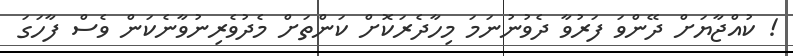
! ކުއްޖާޔަށް ދޭންވަ ފަރުވާ ދެވުނުނަމަ މިހާދެރަކޮށް ކަންތަށް މެދުވެރިނުވާނެކަން ވެސް ފާހަގަ